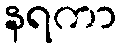
နရကာ